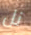
نل